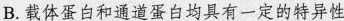
B.载体蛋白和通道蛋白均具有一定的特异性